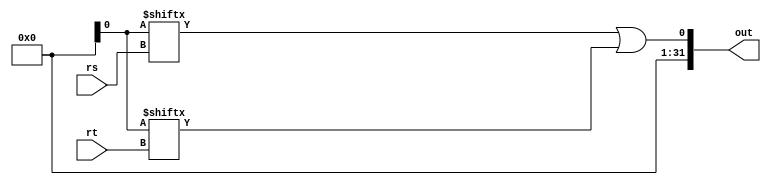
module OR
(
	input	[4:0]	rs, rt,
	output	[31:0]	out
);

        assign out = glob.r[rs] | glob.r[rt];

endmodule